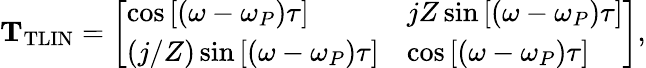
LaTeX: \mathrm{\mathbf{T}_{\mathrm{TLIN}}}=\left[\begin{array}{ll}{\cos\left[\left(\omega-\omega_{P}\right)\tau\right]}&{jZ\sin\left[\left(\omega-\omega_{P}\right)\tau\right]}\\ {\left(j/Z\right)\sin\left[\left(\omega-\omega_{P}\right)\tau\right]}&{\cos\left[\left(\omega-\omega_{P}\right)\tau\right]}\end{array}\right],